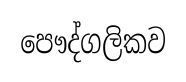
පෞද්ගලිකව